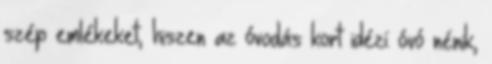
szép emlékeket, hiszen az óvodás kort idézi: óvó nénik,